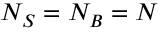
N _ { S } = N _ { B } = N